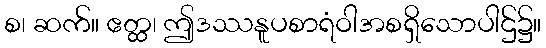
စ၊ ဆက်။ ဧတ္ထ၊ ဤဒဿနူပစာရံဝါအစရှိသောပါဌ်၌။